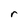
Character: r